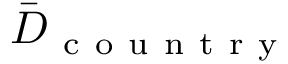
\Bar { D } _ { \mathrm { ~ c ~ o ~ u ~ n ~ t ~ r ~ y ~ } }